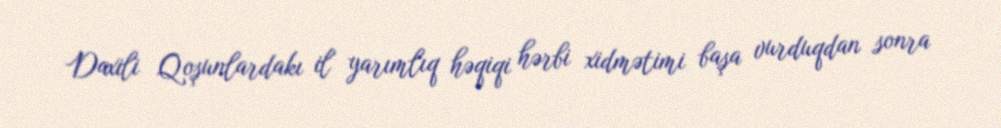
Daxili Qoşunlardakı il yarımlıq həqiqi hərbi xidmətimi başa vurduqdan sonra